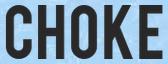
CHOKE